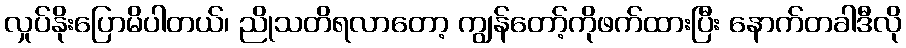
လှုပ်နိုးပြောမိပါတယ်၊ ညိုသတိရလာတော့ ကျွန်တော့်ကိုဖက်ထားပြီး နောက်တခါဒီလို